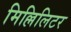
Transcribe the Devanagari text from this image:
मिल्लिलिटर